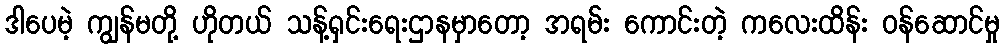
ဒါပေမဲ့ ကျွန်မတို့ ဟိုတယ် သန့်ရှင်းရေးဌာနမှာတော့ အရမ်း ကောင်းတဲ့ ကလေးထိန်း ဝန်ဆောင်မှု